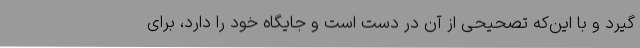
گیرد و با این‌که تصحیحی از آن در دست است و جایگاه خود را دارد، برای